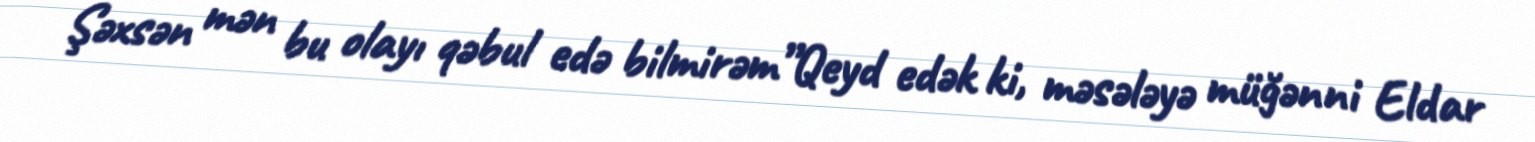
Şəxsən mən bu olayı qəbul edə bilmirəm”Qeyd edək ki, məsələyə müğənni Eldar